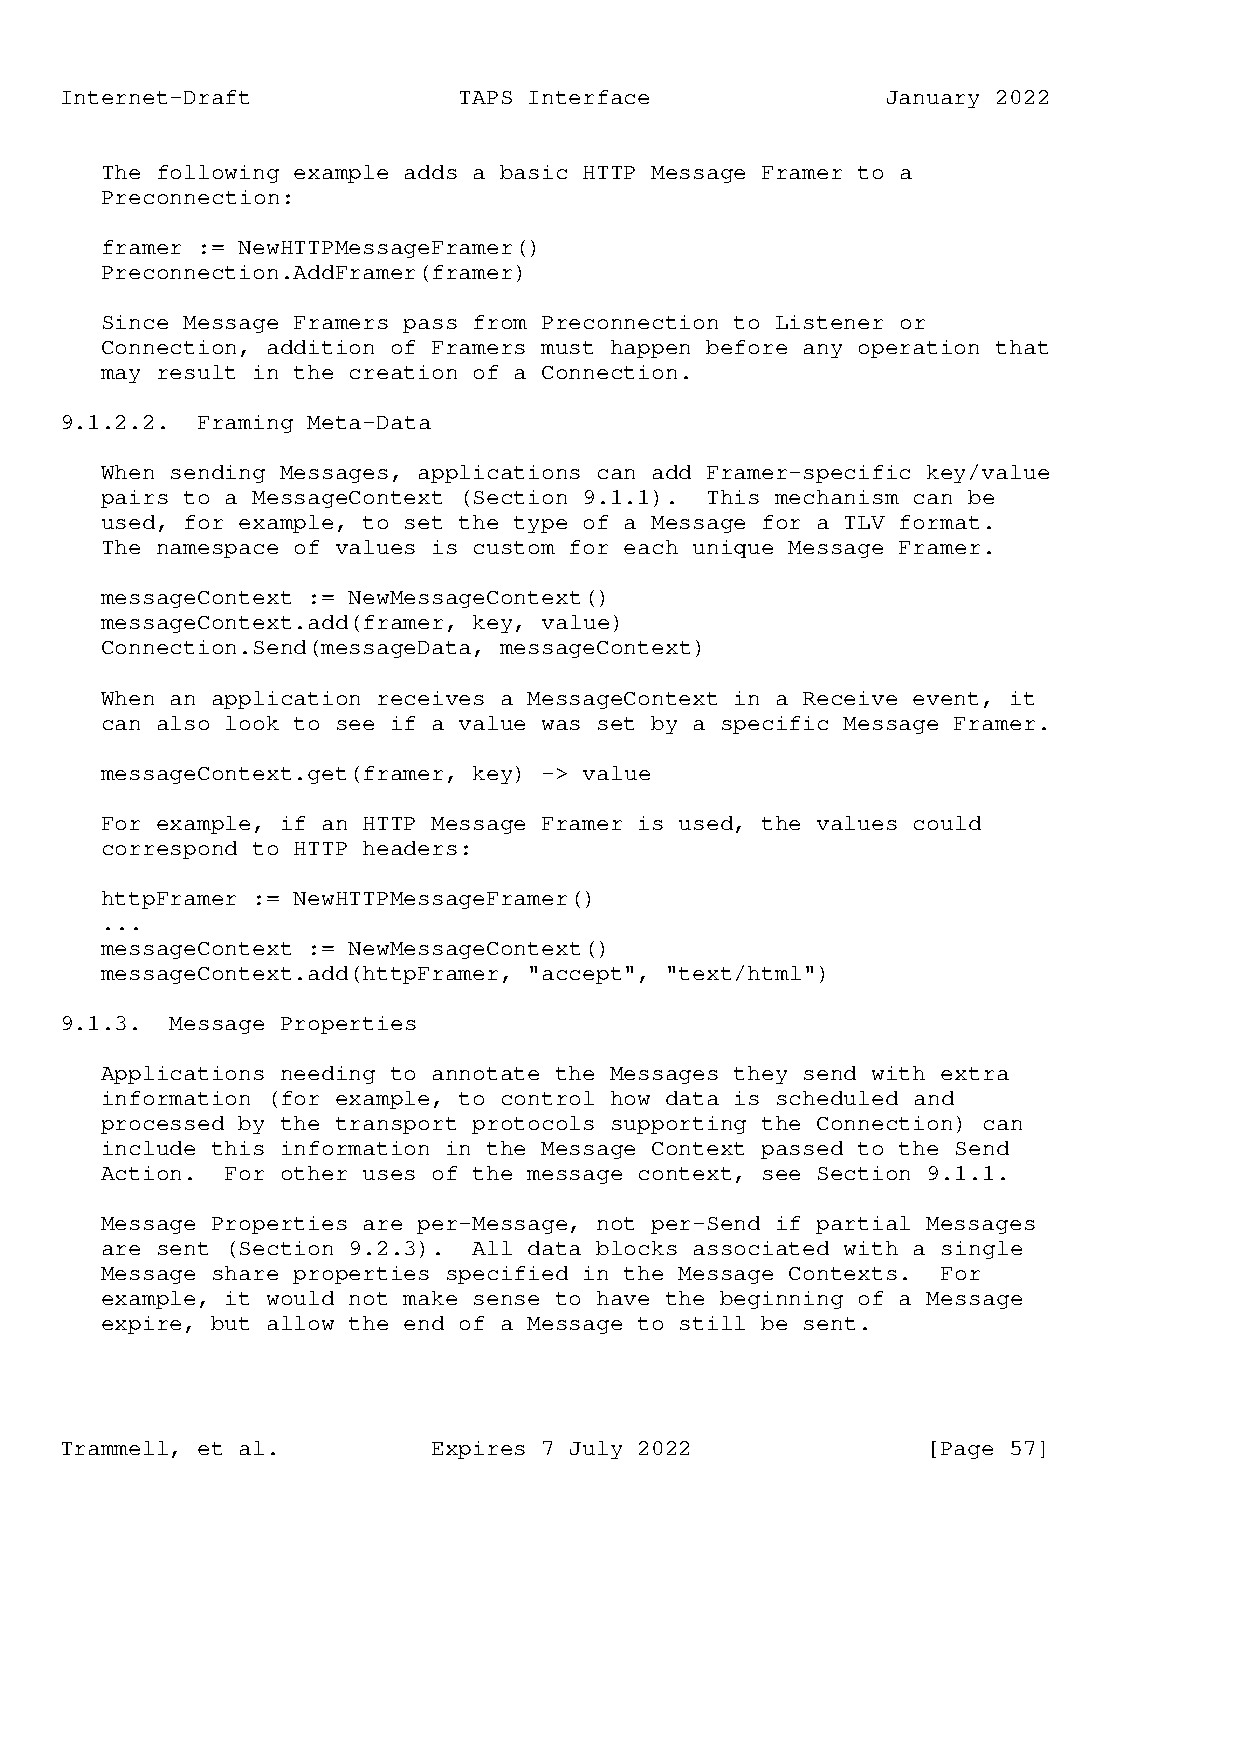
Internet-Draft            TAPS Interface               January 2022
 The following example adds a basic HTTP Message Framer to a
 Preconnection:
 framer := NewHTTPMessageFramer()
 Preconnection.AddFramer(framer)
 Since Message Framers pass from Preconnection to Listener or
 Connection, addition of Framers must happen before any operation that
 may result in the creation of a Connection.
 9.1.2.2. Framing Meta-Data
 When sending Messages, applications can add Framer-specific key/value
 pairs to a MessageContext (Section 9.1.1). This mechanism can be
 used, for example, to set the type of a Message for a TLV format.
 The namespace of values is custom for each unique Message Framer.
 messageContext := NewMessageContext()
 messageContext.add(framer, key, value)
 Connection.Send(messageData, messageContext)
 When an application receives a MessageContext in a Receive event, it
 can also look to see if a value was set by a specific Message Framer.
 messageContext.get(framer, key) -> value
 For example, if an HTTP Message Framer is used, the values could
 correspond to HTTP headers:
 httpFramer := NewHTTPMessageFramer()
 ...
 messageContext := NewMessageContext()
 messageContext.add(httpFramer, "accept", "text/html")
 9.1.3. Message Properties
 Applications needing to annotate the Messages they send with extra
 information (for example, to control how data is scheduled and
 processed by the transport protocols supporting the Connection) can
 include this information in the Message Context passed to the Send
 Action. For other uses of the message context, see Section 9.1.1.
 Message Properties are per-Message, not per-Send if partial Messages
 are sent (Section 9.2.3). All data blocks associated with a single
 Message share properties specified in the Message Contexts. For
 example, it would not make sense to have the beginning of a Message
 expire, but allow the end of a Message to still be sent.
 Trammell, et al.         Expires 7 July 2022             [Page 57]